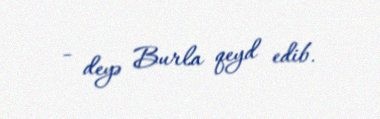
- deyə Burla qeyd edib.